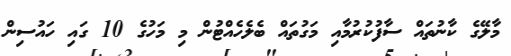
މާލޭގެ ކާނުތައް ސާފުކުރުމާއި މަގުތައް ބެލެހެއްޓުން މި މަހުގެ 10 ގައި ހައުސިން